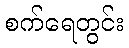
စက်ရေတွင်း